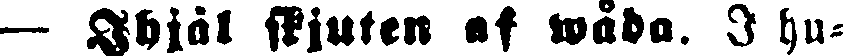
— Ihjäl skjuten af wåda. I hu-